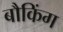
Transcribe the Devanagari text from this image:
बौकिंग